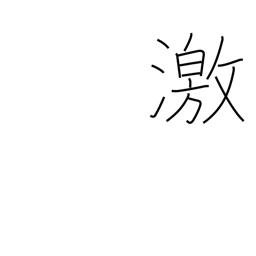
Meaning: enraged